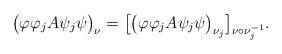
LaTeX: \begin{align*} \big(\varphi\varphi_j A\psi_j\psi\big)_\nu=\big[\big(\varphi\varphi_j A\psi_j\psi\big)_{\nu_j}\big]_{\nu\circ\nu_j^{-1}}. \end{align*}